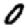
Digit: 0